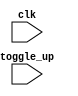
module beta_3 (
   clk, toggle_up
   );
   input clk;
   input toggle_up;
   always @ (posedge clk) begin
      if (0 && toggle_up) begin end
   end
endmodule